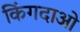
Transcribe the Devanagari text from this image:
किंगदाओ